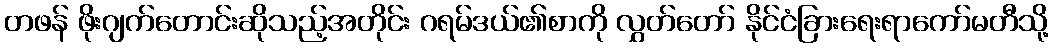
တဖန် ဖိုးဂျက်တောင်းဆိုသည့်အတိုင်း ဂရမ်ဒယ်၏စာကို လွှတ်တော် နိုင်ငံခြားရေးရာကော်မတီသို့